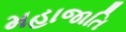
મહાજાતિ